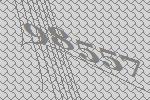
98557